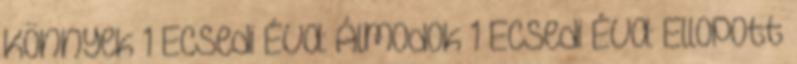
Könnyek 1 Ecsedi Éva: Álmodok 1 Ecsedi Éva: Ellopott